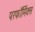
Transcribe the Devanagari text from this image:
परफॉर्मिक्स